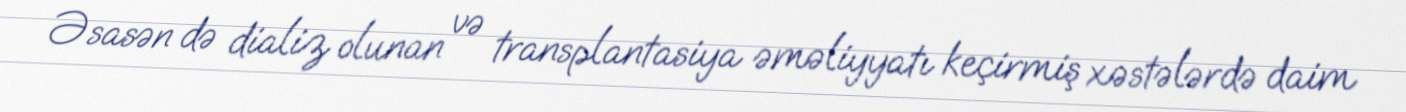
Əsasən də dializ olunan və transplantasiya əməliyyatı keçirmiş xəstələrdə daim